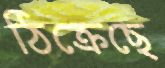
ঠিক্‌রেছে